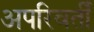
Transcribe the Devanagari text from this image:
अपरिवर्तीं